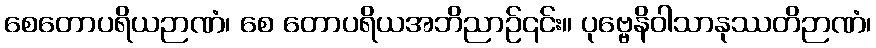
စေတောပရိယဉာဏံ၊ စေ တောပရိယအဘိညာဉ်၎င်း။ ပုဗ္ဗေနိဝါသာနုဿတိဉာဏံ၊